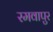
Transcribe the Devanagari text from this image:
रमवापुर